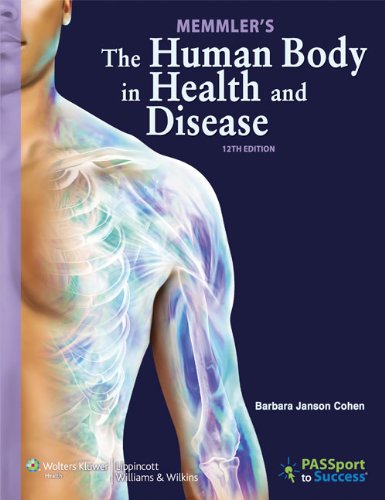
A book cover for Memmler's The Human Body in Health and Disease, 12th Edition; Barbara Janson Cohen BA  MEd; Medical Books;